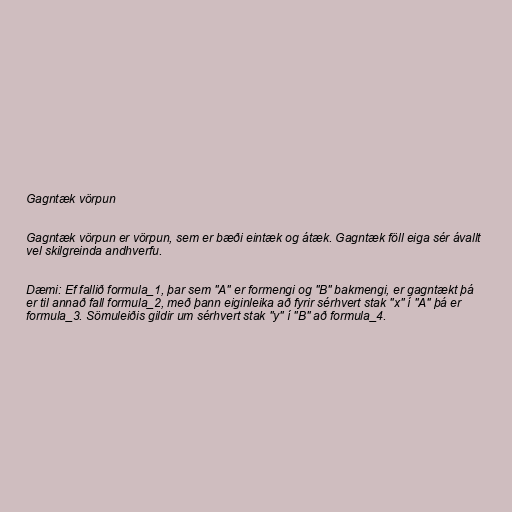
Gagntæk vörpun

Gagntæk vörpun er vörpun, sem er bæði eintæk og átæk. Gagntæk föll eiga sér ávallt
vel skilgreinda andhverfu.

Dæmi: Ef fallið formula_1, þar sem "A" er formengi og "B" bakmengi, er gagntækt þá
er til annað fall formula_2, með þann eiginleika að fyrir sérhvert stak "x" í "A" þá er
formula_3. Sömuleiðis gildir um sérhvert stak "y" í "B" að formula_4.